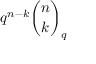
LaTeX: q ^ { n - k } { \binom { n } { k } } _ { q }